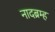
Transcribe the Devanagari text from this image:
नादब्रम्ह